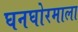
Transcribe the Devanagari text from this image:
घनघोरमाला